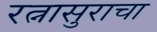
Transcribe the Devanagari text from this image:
रत्नासुराचा